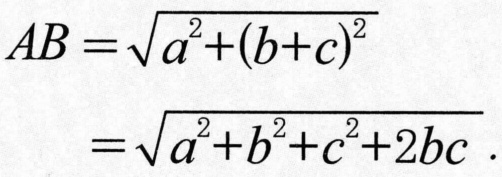
\[
\begin{align*}
AB&=\sqrt{a^{2}+(b + c)^{2}}\\
&=\sqrt{a^{2}+b^{2}+c^{2}+2bc}\,.
\end{align*}
\]